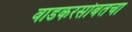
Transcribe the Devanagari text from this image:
वाडकरसोबतचा